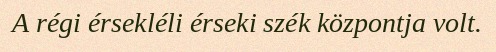
A régi érsekléli érseki szék központja volt.